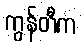
ကွန်တီက